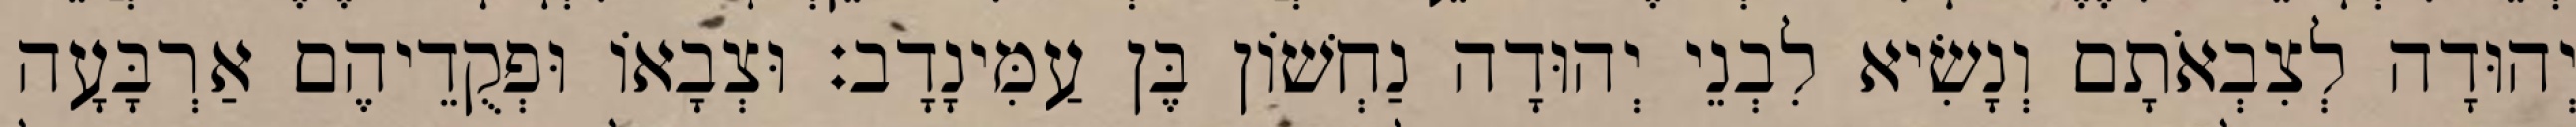
יְהוּדָה לְצִבְאֹתָם וְנָשִׂיא לִבְנֵי יְהוּדָה נַחְשׁוֹן בֶּן עַמִּינָדָב׃ וּצְבָאוֹ וּפְקֻדֵיהֶם אַרְבָּעָה